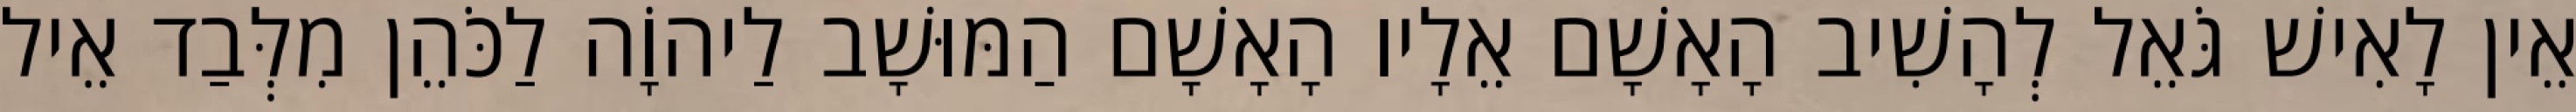
אֵין לָאִישׁ גֹּאֵל לְהָשִׁיב הָאָשָׁם אֵלָיו הָאָשָׁם הַמּוּשָׁב לַיהוָֹה לַכֹּהֵן מִלְּבַד אֵיל